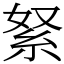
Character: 䋈